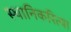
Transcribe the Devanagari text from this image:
स्थानिकरित्या